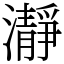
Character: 瀞